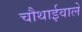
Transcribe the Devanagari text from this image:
चौथाईवाले